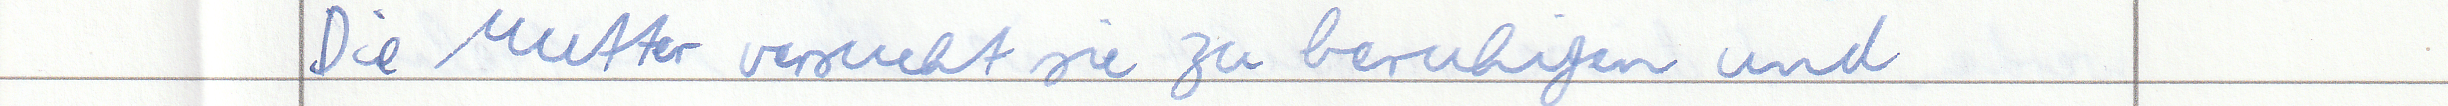
Die Mutter versucht sie zu beruhigen und